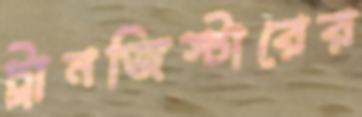
ট্রানজিস্টারের